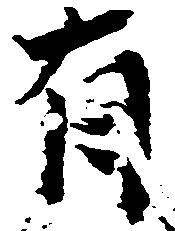
有